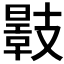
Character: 𢻣